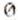
0